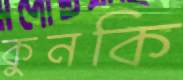
কুনকি